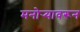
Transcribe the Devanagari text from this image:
मनोर्‍यावरून